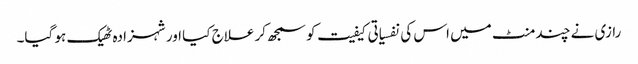
رازی نے چند منٹ میں اس کی نفسیاتی کیفیت کو سمجھ کر علاج کیا اور شہزادہ ٹھیک ہو گیا۔